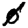
Digit: 0